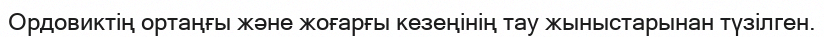
Ордовиктің ортаңғы және жоғарғы кезеңінің тау жыныстарынан түзілген.